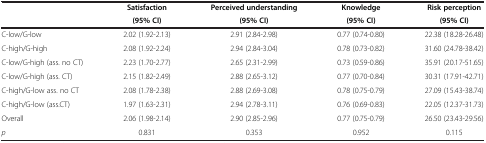
|  | Satisfaction | Perceived understanding | Knowledge | Risk perception |
 |  | (95% CI) | (95% CI) | (95% CI) | (95% CI) |
 | --- | --- | --- | --- | --- |
 | C-low/G-low | 2.02 (1.92-2.13) | 2.91 (2.84-2.98) | 0.77 (0.74-0.80) | 22.38 (18.28-26.48) |
 | C-high/G-high | 2.08 (1.92-2.24) | 2.94 (2.84-3.04) | 0.78 (0.73-0.82) | 31.60 (24.78-38.42) |
 | C-low/G-high (ass. no CT) | 2.23 (1.70-2.77) | 2.65 (2.31-2.99) | 0.73 (0.59-0.86) | 35.91 (20.17-51.65) |
 | C-low/G-high (ass. CT) | 2.15 (1.82-2.49) | 2.88 (2.65-3.12) | 0.77 (0.70-0.84) | 30.31 (17.91-42.71) |
 | C-high/G-low ass. no CT | 2.08 (1.78-2.38) | 2.88 (2.69-3.08) | 0.78 (0.75-0.79) | 27.09 (15.43-38.74) |
 | C-high/G-low (ass.CT) | 1.97 (1.63-2.31) | 2.94 (2.78-3.11) | 0.76 (0.69-0.83) | 22.05 (12.37-31.73) |
 | Overall | 2.06 (1.98-2.14) | 2.90 (2.85-2.96) | 0.77 (0.75-0.79) | 26.50 (23.43-29.56) |
 | p | 0.831 | 0.353 | 0.952 | 0.115 |